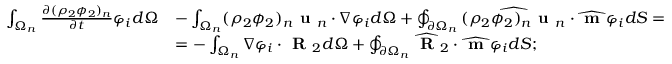
\begin{array} { r l } { \int _ { \Omega _ { n } } \frac { \partial ( \rho _ { 2 } \phi _ { 2 } ) _ { n } } { \partial t } \varphi _ { i } d \Omega } & { - \int _ { \Omega _ { n } } ( \rho _ { 2 } \phi _ { 2 } ) _ { n } \textbf { u } _ { n } \cdot \nabla \varphi _ { i } d \Omega + \oint _ { \partial \Omega _ { n } } \widehat { ( \rho _ { 2 } \phi _ { 2 } ) _ { n } \textbf { u } _ { n } } \cdot \widehat { \textbf { m } } \varphi _ { i } d S = } \\ & { = - \int _ { \Omega _ { n } } \nabla \varphi _ { i } \cdot \textbf { R } _ { 2 } d \Omega + \oint _ { \partial \Omega _ { n } } \widehat { \textbf { R } } _ { 2 } \cdot \widehat { \textbf { m } } \varphi _ { i } d S ; } \end{array}